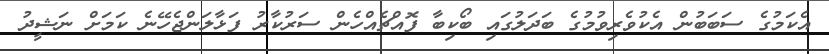
އެކަމުގެ ސަބަބުން އެކުވެރިވުމުގެ ބަދަލުގައި ބޯކިބާ ފޮއްޗެއްހެން ސަރުކާރު ފަޅާލަންޖެހޭނެ ކަމަށް ނަޝީދު